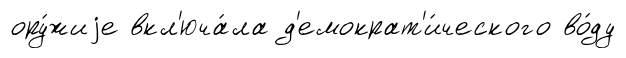
ору́жиjе вкл'юча́ла д'емократ'и́ческого во́ду